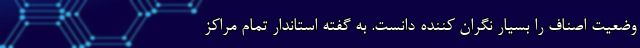
وضعیت اصناف را بسیار نگران کننده دانست. به گفته استاندار تمام مراکز